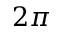
2 \pi